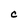
Character: C